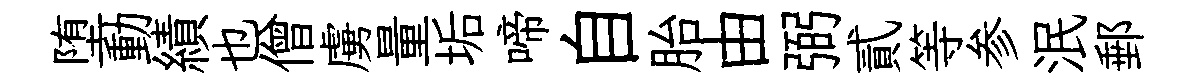
堕動績也僧虜量垢啼自胎由弼貳等参泯郵